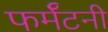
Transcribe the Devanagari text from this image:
फर्मॅटनी